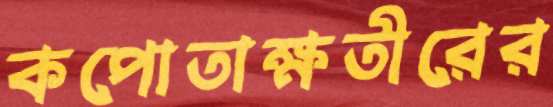
কপোতাক্ষতীরের